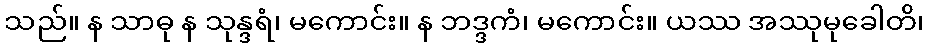
သည်။ န သာဓု န သုန္ဒရံ၊ မကောင်း။ န ဘဒ္ဒကံ၊ မကောင်း။ ယဿ အဿုမုခေါတိ၊